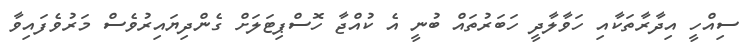
ސިއްހީ އިދާރާތަކާއި ހަވާލާދީ ހަބަރުތައް ބުނީ އެ ކުއްޖާ ހޮސްޕިޓަލަށް ގެންދިޔައިރުވެސް މަރުވެފައިވާ